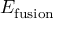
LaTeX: E _ { \mathrm { f u s i o n } }